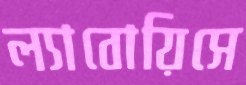
ল্যাবোয়িসে